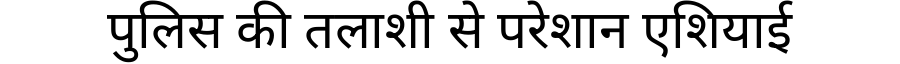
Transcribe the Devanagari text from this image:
पुलिस की तलाशी से परेशान एशियाई